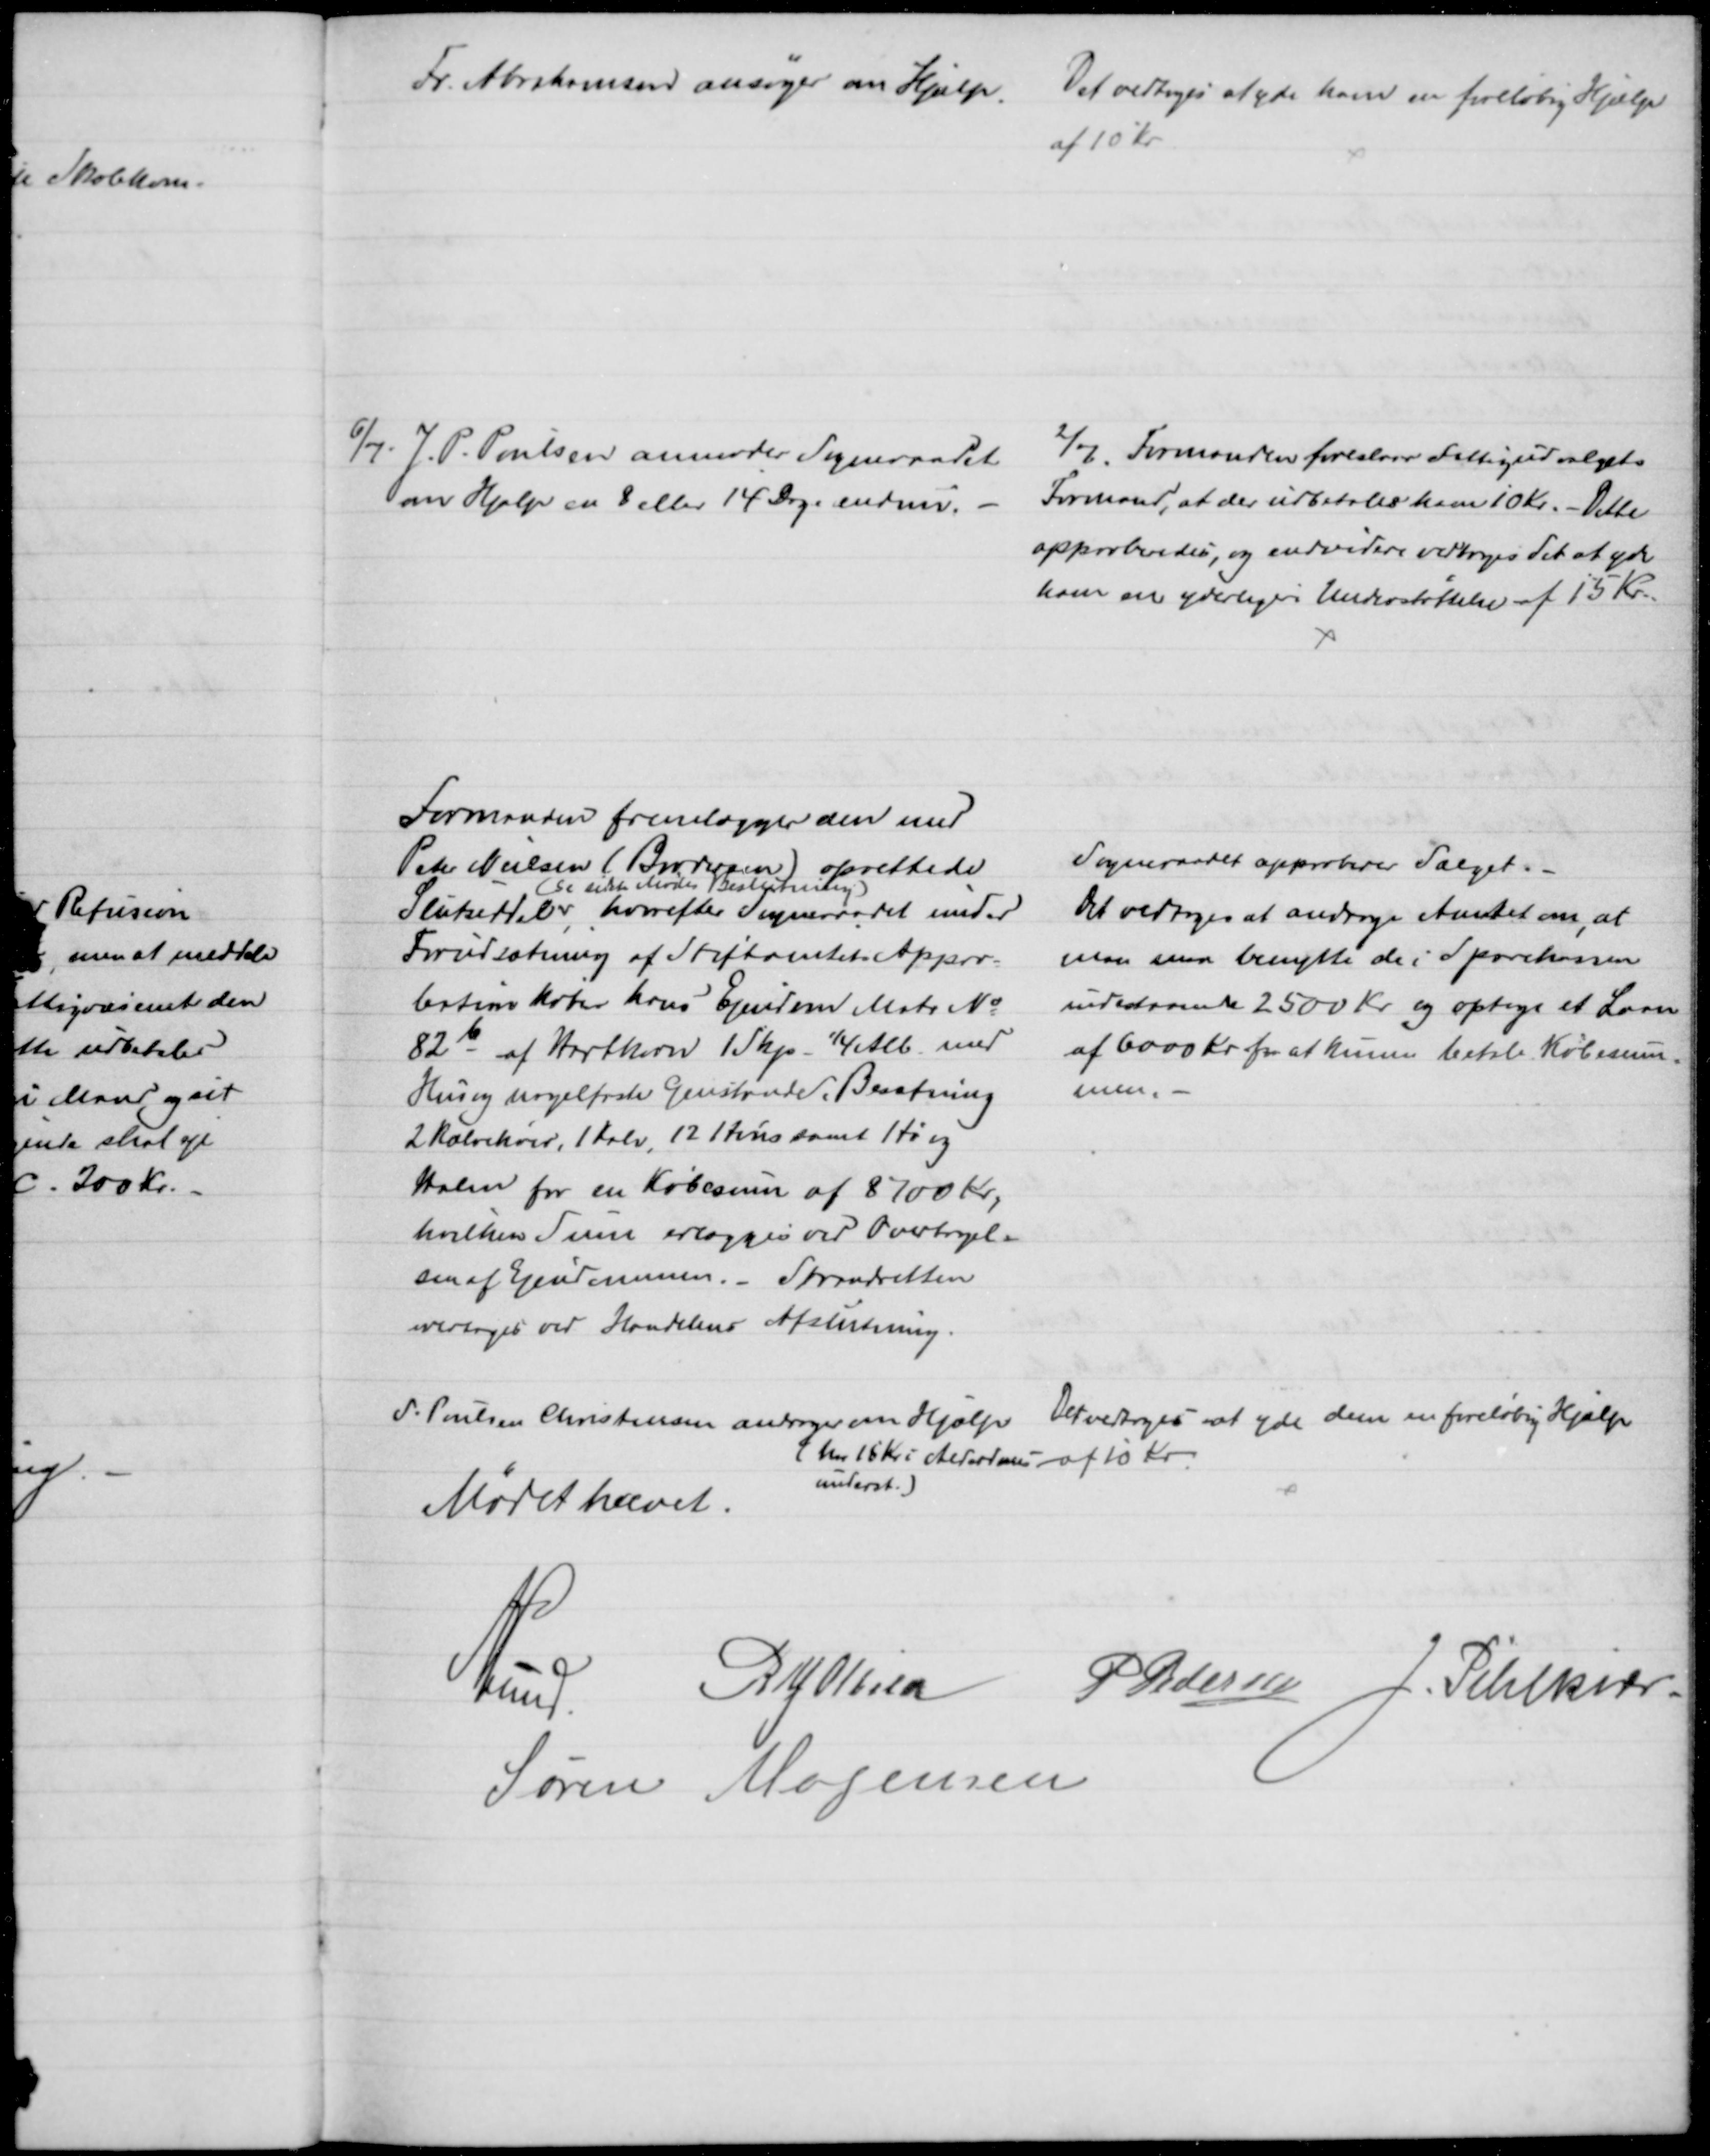
Transskription:
Fr. Abrahamsen ansøger om Hjælp.
Det vedtoges at yde ham en foreløbig Hjælp
af 10 Kr.
6/7. J. P. Poulsen anmoder Sogneraadet
om Hjælp en 8 eller 14 Dage endnu.
2/7. Formanden foreslaar Fattigudvalgets
Formand, at der udbetales ham 10 Kr. Dette
approberedes, og endvidere vedtoges det at yde
ham en yderligere Understøttelse af 15 Kr.
Formanden fremlægger den med
Peter Nielsen (Brodersen) oprettede
Slutseddel,
(se sidste Mødes Beslutning)
hvorefter Sogneraadet under
Forudsætning af Stiftamtets Appro-
bation køber hans Ejendom Matr. № 
82b af Hartkorn 1 Skp. ¼ Alb. med
Hus og nagelfaste Genstande, Besætning
2 Kælvekøer, 1 Kalv, 12 Høns samt Hø og
Halm for en Købesum af 8700 Kr.,
hvilken Sum erlægges ved Overtagel--
sen af Ejendommen. - Strandretten
overtages ved Handelens Afslutning.
Sogneraadet approberer Salget.
Det vedtoges at andrage Amtet om, at
man maa benytte de i Sparekassen
indestaaende 2500 Kr. og optage et Laan
af 6000 Kr. for at kunne betale Købesum-
men.
P. Poulsen Christensen andrager om Hjælp. 
(har 15 Kr i Alderdoms-
underst.)
Det vedtoges at yde dem en foreløbig Hjælp
af 10 Kr.
Mødet hævet.
A. Lund.
R. J Abild P. Pedersen J. Pihlkjær
Søren Mogensen